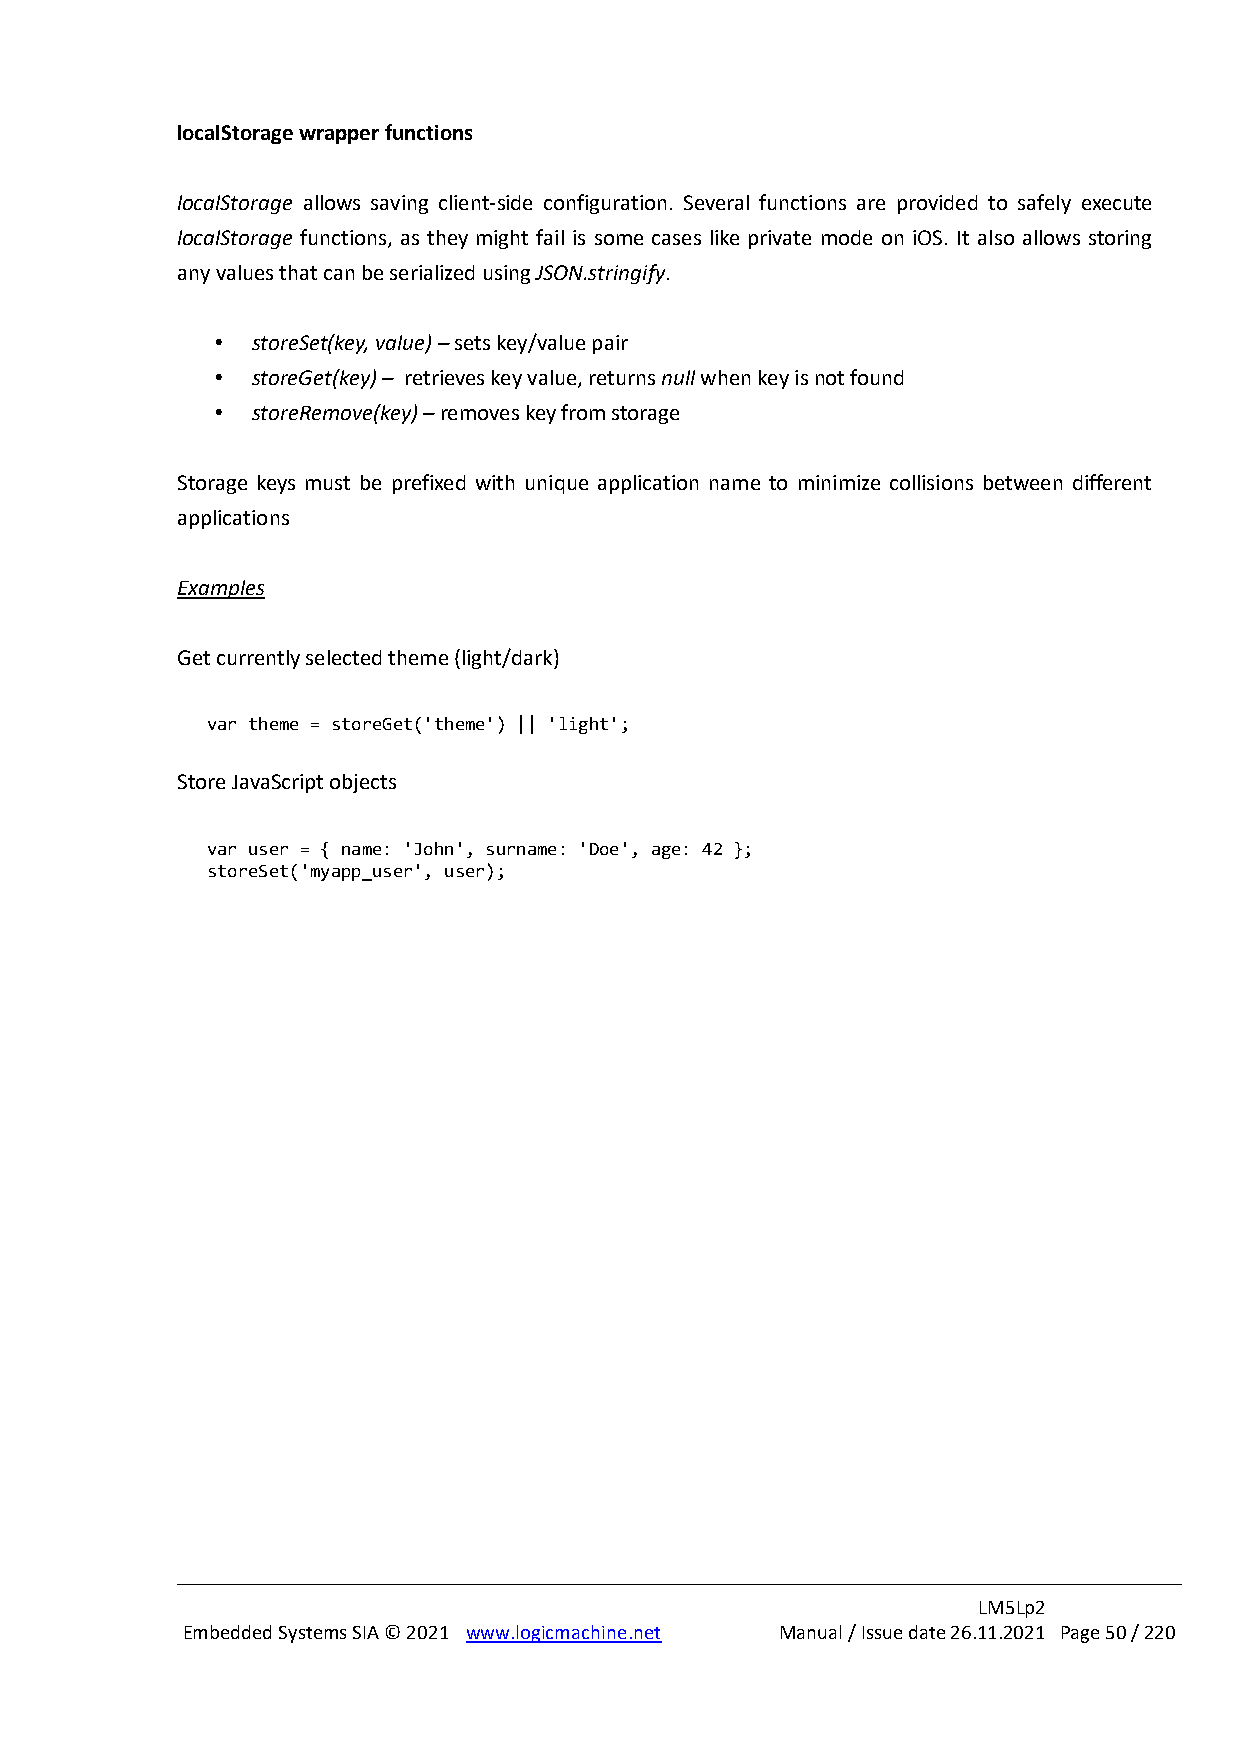
localStorage wrapper functions
 localStorage allows saving client-side configuration. Several functions are provided to safely execute
 localStorage functions, as they might fail is some cases like private mode on iOS. It also allows storing
 any values that can be serialized using JSON.stringify.
 •  storeSet(key, value) – sets key/value pair
 •  storeGet(key) – retrieves key value, returns null when key is not found
 •  storeRemove(key) – removes key from storage
 Storage keys must be prefixed with unique application name to minimize collisions between different
 applications
 Examples
 Get currently selected theme (light/dark)
 var theme = storeGet('theme') || 'light';
 Store JavaScript objects
 var user = { name: 'John', surname: 'Doe', age: 42 };
 storeSet('myapp_user', user);
 LM5Lp2
 Embedded Systems SIA © 2021 www.logicmachine.net Manual / Issue date 26.11.2021 Page 50 / 220